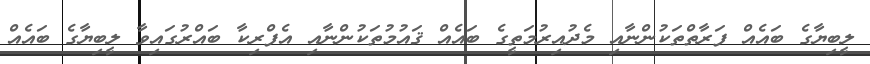
ލީބިޔާގެ ބައެއް ފަރާތްތަކުންނާއި މެދުއިރުމަތީގެ ބައެއް ޤައުމުތަކުންނާއި އެފްރިކާ ބައްރުގައިވާ ލީބިޔާގެ ބައެއް